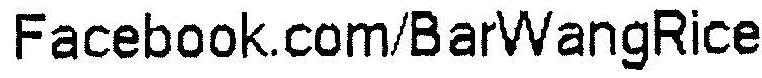
FACEBOOK.COM/BARWANGRICE